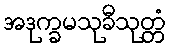
အဒုက္ခမသုခီသုတ္တံ